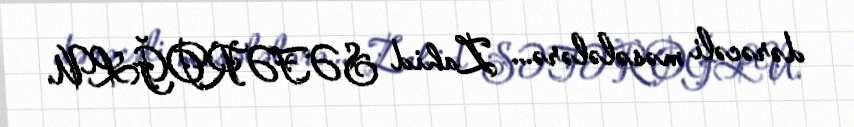
dərəcəli məsələlərə... Zahid SƏFƏROĞLU.